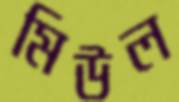
মিউল